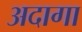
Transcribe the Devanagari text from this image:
अदागा